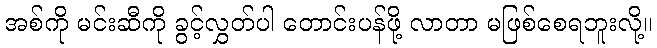
အစ်ကို မင်းဆီကို ခွင့်လွှတ်ပါ တောင်းပန်ဖို့ လာတာ မဖြစ်စေရဘူးလို့။